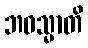
ဘဝသ္မာတိ